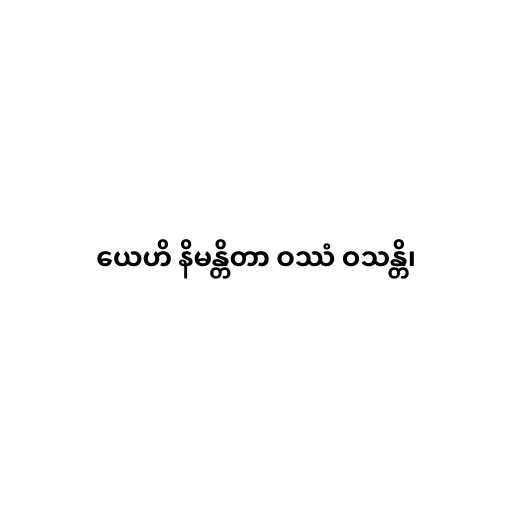
ယေဟိ နိမန္တိတာ ဝဿံ ဝသန္တိ၊